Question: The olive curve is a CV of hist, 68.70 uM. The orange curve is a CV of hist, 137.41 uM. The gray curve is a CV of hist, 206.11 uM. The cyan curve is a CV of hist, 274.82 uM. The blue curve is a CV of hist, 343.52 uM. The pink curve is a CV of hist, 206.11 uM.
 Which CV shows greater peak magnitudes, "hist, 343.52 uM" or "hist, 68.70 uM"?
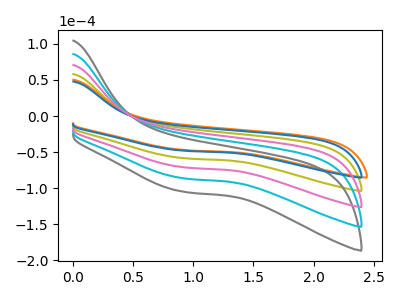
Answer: <think>The olive curve "hist, 68.70 uM" has no peaks. The orange curve "hist, 137.41 uM" has no peaks. The gray curve "hist, 206.11 uM" has no peaks. The cyan curve "hist, 274.82 uM" has no peaks. The blue curve "hist, 343.52 uM" has no peaks. The pink curve "hist, 206.11 uM" has no peaks.</think>
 <answer>Niether CV has any peaks.</answer>
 <eval>blanks</eval>